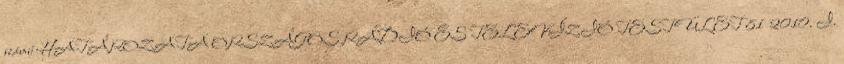
számú HATÁROZATA ORSZÁGOS RÁDIÓ ÉS TELEVÍZIÓ TESTÜLET 81 2010. I.